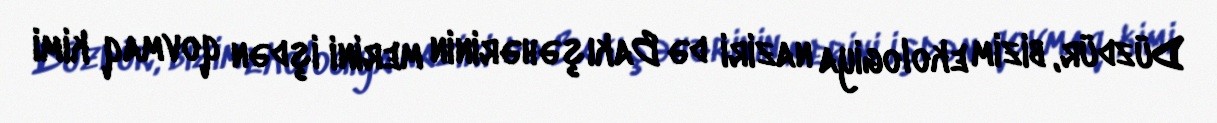
Düzdür, bizim ekologiya naziri də Bakı şəhərinin merini işdən qovmaq kimi